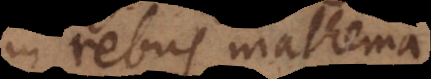
in rebus mathema